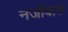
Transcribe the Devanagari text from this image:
नजीबास